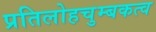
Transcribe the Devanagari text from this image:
प्रतिलोहचुम्बकत्व